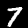
Digit: 7